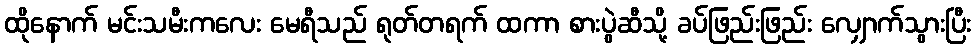
ထိုနောက် မင်းသမီးကလေး မေရီသည် ရုတ်တရက် ထကာ စားပွဲဆီသို့ ခပ်ဖြည်းဖြည်း လျှောက်သွားပြီး